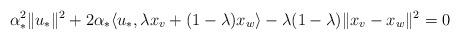
LaTeX: \begin{align*} \alpha_*^2\|u_*\|^2+2\alpha_*\langle u_*,\lambda x_v+(1-\lambda)x_w\rangle-\lambda(1-\lambda)\|x_v-x_w\|^2=0\end{align*}